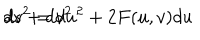
LaTeX: d s ^ { 2 } = d u ^ { 2 } + 2 F ( u , v ) d u \hspace { 0 . 1 c m } d v + d v ^ { 2 }